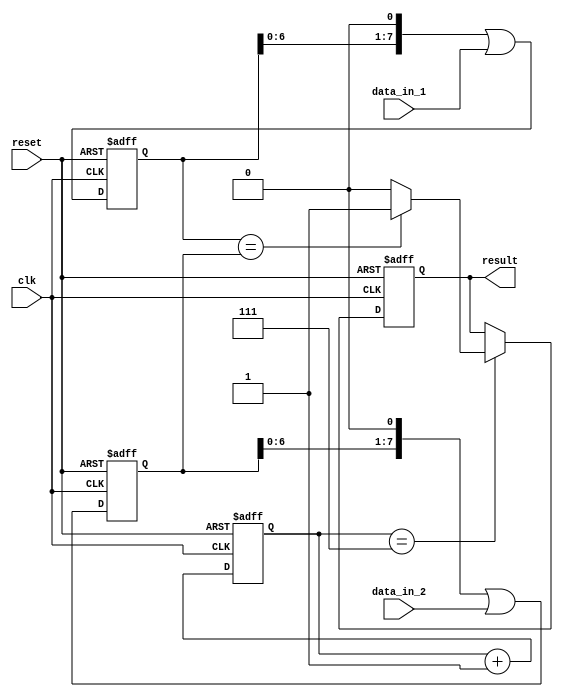
module serial_comparator (
    input wire clk,
    input wire reset,
    input wire data_in_1,
    input wire data_in_2,
    output reg result
);

reg [7:0] count;
reg [7:0] data_temp_1;
reg [7:0] data_temp_2;

always @(posedge clk or posedge reset) begin
    if (reset) begin
        count <= 8'd0;
        data_temp_1 <= 8'd0;
        data_temp_2 <= 8'd0;
        result <= 1'b0;
    end else begin
        count <= count + 1;
        data_temp_1 <= (data_temp_1 << 1) | data_in_1;
        data_temp_2 <= (data_temp_2 << 1) | data_in_2;
        
        if (count == 8'h7) begin
            if (data_temp_1 == data_temp_2) begin
                result <= 1'b1; // Equal
            end else if (data_temp_1 > data_temp_2) begin
                result <= 1'b0; // Data_in_1 is greater than Data_in_2
            end else begin
                result <= 1'b0; // Data_in_1 is less than Data_in_2
            end
        end
    end
end

endmodule